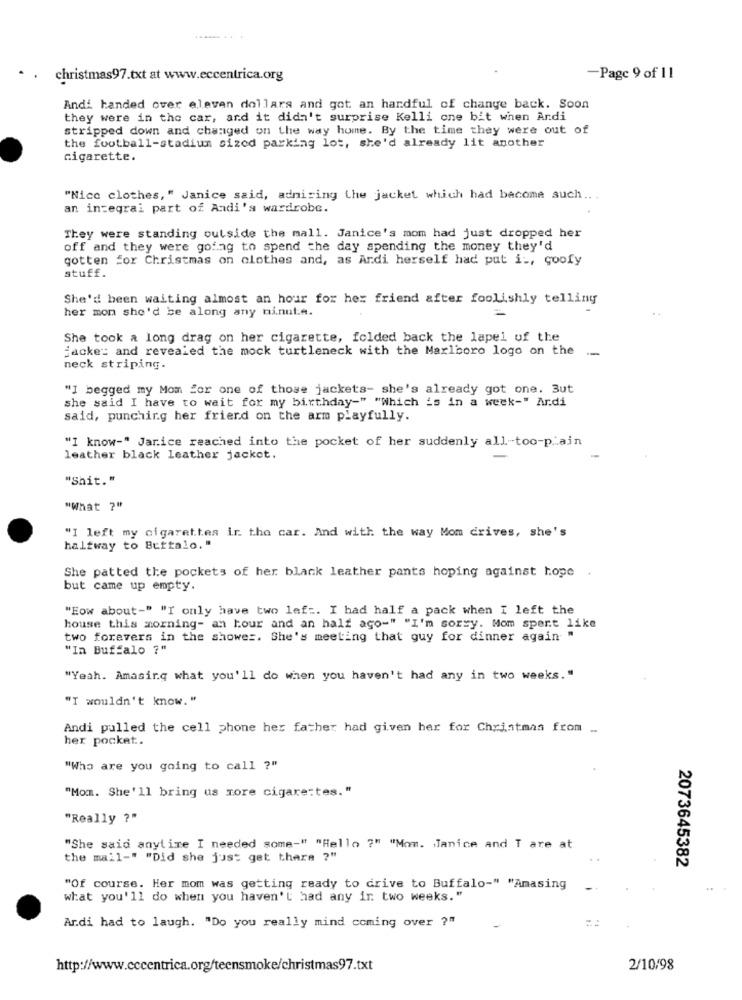
christmas97.txt at www.eccentrica.org
-Page 9 of 11
Andi handed over eleven dollars and got an handful of change back. Soon
they were in the car, and it didn't surprise Kelli one bit when Andi
stripped down and changed on the way home. By the time they were out of
the football-stadium sized parking lot, she'd already lit another
cigarette.
"Nice clothes," Janice said, adnising the jacket which had become such .. .
an integral part of Andi's wardrobe.
They were standing outside the mall. Janice's mom had just dropped her
off and they were going to spend the day spending the money they'd
gotten for Christmas on clothes and, as Ardi herself had put i -, goofy
stuff.
She'd been waiting almost an hour for her friend after foolishly telliny
her mon she'd be along any minute.
She took a long drag on her cigarette, folded back the lapel of the
jacke: and revealed the mock turtleneck with the Marlboro logo on the
-
neck striping.
"I begged my Mom Sor one of those jackets- she's already got one. 3ut
she said I have to wait for my birthday-" "Which is in a week-" Ardi
said, punching her friend on the arm playfully.
"I know-" Jarice reached into the pocket of her suddenly all-too-pain
leather black leather jacket.
"Shit."
"What ?"
"I left my cigarettes ir the car. And with the way Mom drives, she's
haltway to Buffalo, "
She patted the pockets of her black leather pants hoping against hope .
but came up empty.
"Eow about-" "I only have two lef :. I had half a pack when I left the
house this morning- an hour and an half ago-" "I'm sorry. Mom sport like
two forevers in the shower. She's meeting that guy for dinner again "
"In Buffalo ?"
"Yeah. Amasing what you'll do when you haven't had any in two weeks."
"I wouldn't know."
Andi pulled the cell phone her father had given her for Christmas from ..
her pocket.
"Who are you going to call ?"
"Mom. She'll bring us more cigarettes."
"Really ?"
"She said anytime I needed some-" "Hello ?" "Mom. Janice and T are at
the mail-" "Did she just get there ?"
2073645382
"Of course. Her mom was getting ready to drive to Buffalo-" "Amasing
what you'll do when you haven't had any in two weeks."
Ar.di had to laugh. "Do you really mind coming over ?"
http://www.cccentrica.org/teensmoke/christmas97.txt
2/10/98